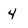
Character: 4